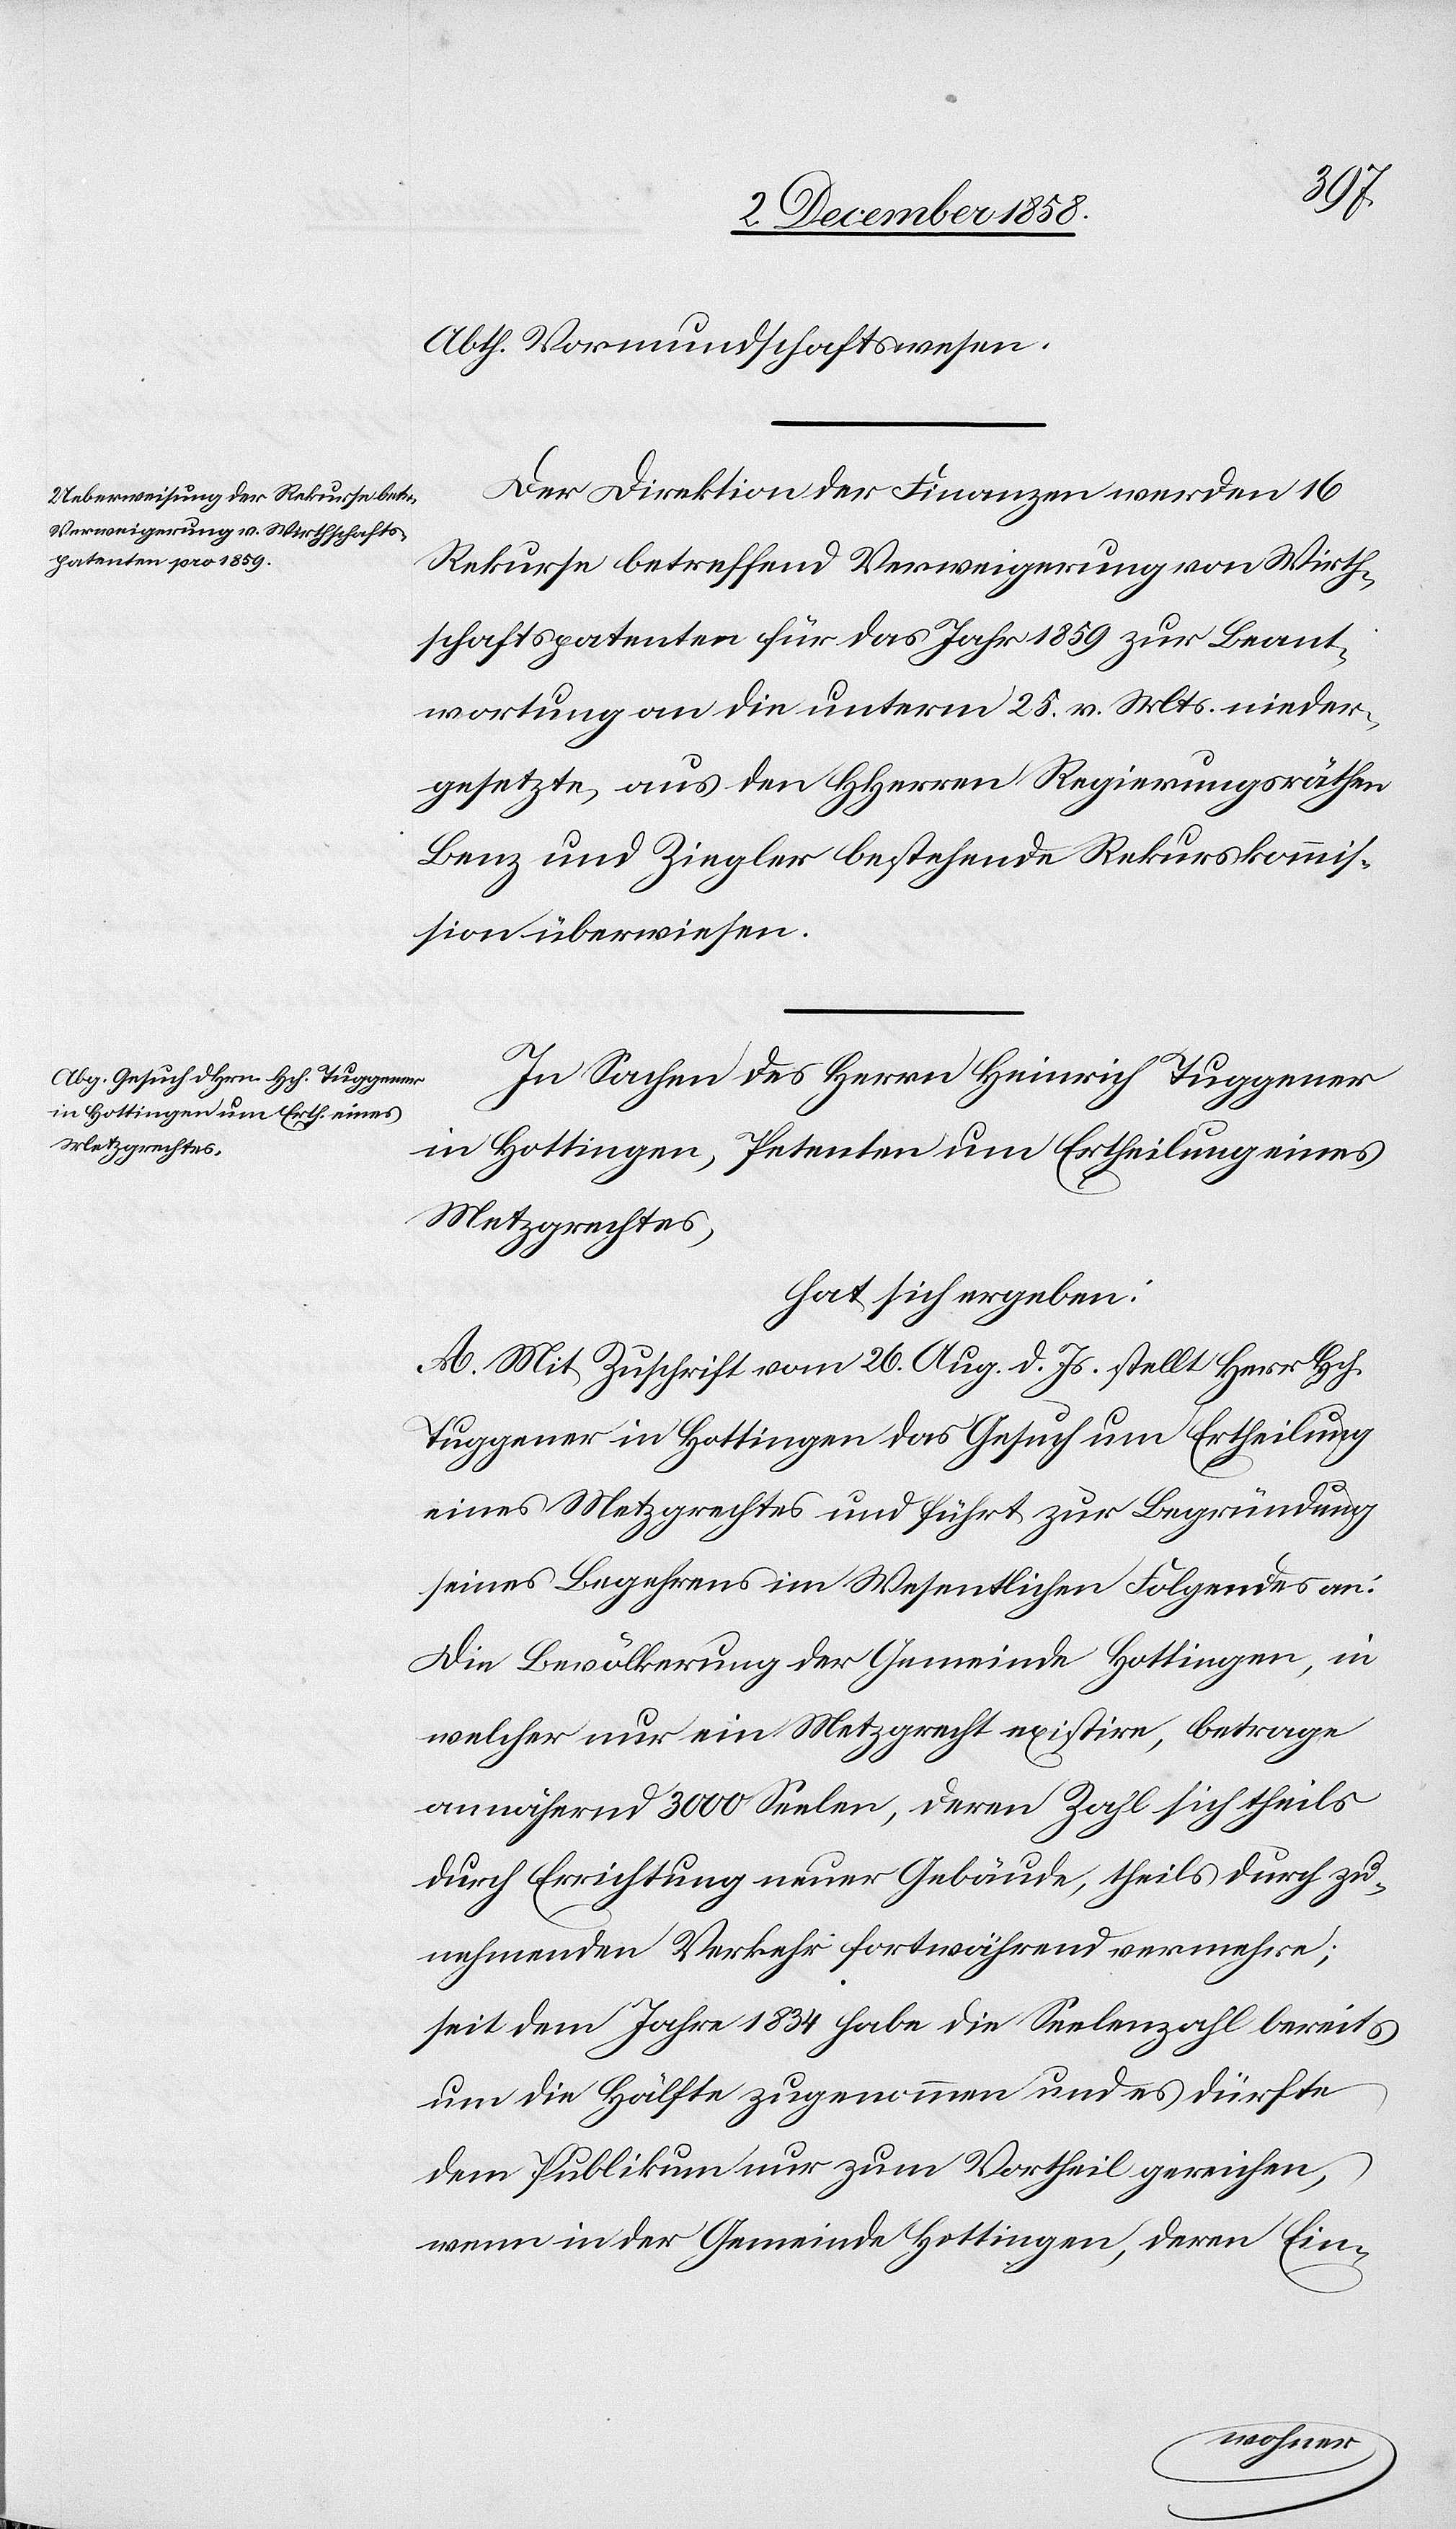
Abth. Vormundschaftswesen.
Der Direktion der Finanzen werden 16
Rekurse betreffend Verweigerung von Wirth¬
schaftspatenten für das Jahr 1859 zur Beant¬
wortung an die unterm 25. v. Mts. nieder¬
gesetzte, aus den HHerren Regierungsräthen
Benz und Ziegler bestehende Rekurskommis¬
sion überwiesen.
In Sachen des Herrn Heinrich Tuggener
in Hottingen, Petenten um Ertheilung eines
Metzgrechtes,
hat sich ergeben:
A. Mit Zuschrift vom 26. Aug. d. Js. stellt Herr Hch.
Tuggener in Hottingen das Gesuch um Ertheilung
eines Metzgrechtes und führt zur Begründung
seines Begehrens im Wesentlichen Folgendes an:
Die Bevölkerung der Gemeinde Hottingen, in
welcher nur ein Metzgrecht existire, betrage
annähernd 3000 Seelen, deren Zahl sich theils
durch Errichtung neuer Gebäude, theils durch zu¬
nehmenden Verkehr fortwährend vermehre;
seit dem Jahre 1834 habe die Seelenzahl bereits
um die Hälfte zugenommen und es dürfte
dem Publikum nur zum Vortheil gereichen,
wenn in der Gemeinde Hottingen, deren Ein-